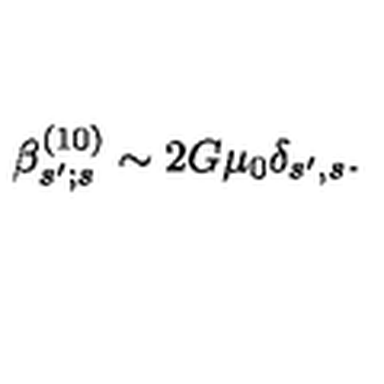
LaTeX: \beta _ { s ^ { \prime } ; s } ^ { ( 1 0 ) } \sim 2 G \mu _ { 0 } \delta _ { s ^ { \prime } , s } .